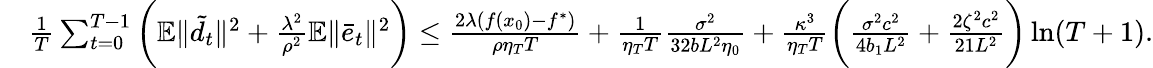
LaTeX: \begin{array}{rl}&{\frac{1}{T}\sum_{t=0}^{T-1}\bigg(\mathbb{E}\| \tilde{d_{t}}\| ^{2}+\frac{\lambda^{2}}{\rho^{2}}\mathbb{E}\| \bar{e}_{t}\| ^{2}\bigg)\leq\frac{2\lambda(f(x_{0})-f^{\ast})}{\rho\eta_{T}T}+\frac{1}{\eta_{T}T}\frac{\sigma^{2}}{32bL^{2}\eta_{0}}+\frac{\kappa^{3}}{\eta_{T}T}\bigg(\frac{\sigma^{2}c^{2}}{4b_{1}L^{2}}+\frac{2\zeta^{2}c^{2}}{21L^{2}}\bigg)\ln(T+1).}\end{array}